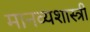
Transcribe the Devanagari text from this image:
मानव्यशास्त्री